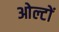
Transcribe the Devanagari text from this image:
ओल्टों